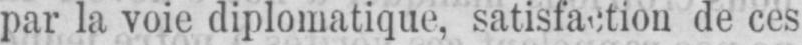
de ces